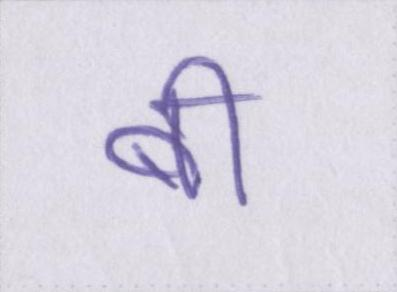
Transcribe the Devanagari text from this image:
बी